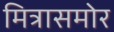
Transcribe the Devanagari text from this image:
मित्रासमोर